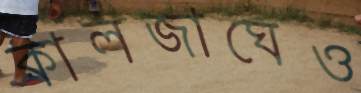
কালজাঘেও